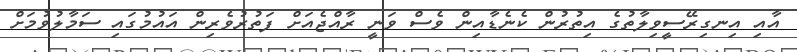
އާއި އިނގިރޭސީވިލާތުގެ އިތުރުން ކެނެޑާއިން ވެސް ވަނީ ރާއްޖެއަށް ފަތުރުވެރިން އައުމުގައި ސަމާލުވުމަށް